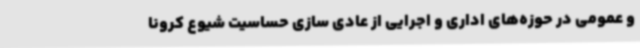
و عمومی در حوزه‌های اداری و اجرایی از عادی سازی حساسیت شیوع کرونا